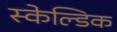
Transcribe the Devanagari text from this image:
स्केल्डिक